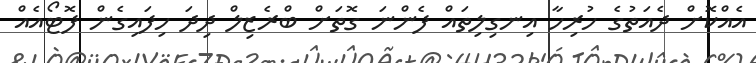
އެއްކޮށް ދެއަތުގެ ހުރިހާ އިނގިލިތައް ފެންނަ ގޮތަށް ބްރެޒިލް ދިދަ ހިފައިގެން ފޮޓޯއެއް